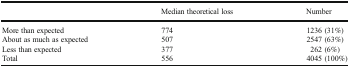
<table><thead><tr><td></td><td><b>Median theoretical loss</b></td><td><b>Number</b></td></tr></thead><tbody><tr><td>More than expected</td><td>774</td><td>1236 (31%)</td></tr><tr><td>About as much as expected</td><td>507</td><td>2547 (63%)</td></tr><tr><td>Less than expected</td><td>377</td><td>262 (6%)</td></tr><tr><td>Total</td><td>556</td><td>4045 (100%)</td></tr></tbody></table>